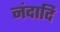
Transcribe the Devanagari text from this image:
नंदादि